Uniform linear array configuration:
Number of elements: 64
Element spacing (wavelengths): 1
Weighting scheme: cosine
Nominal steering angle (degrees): -30
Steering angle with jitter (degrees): -28.697
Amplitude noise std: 0.05
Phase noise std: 0.05

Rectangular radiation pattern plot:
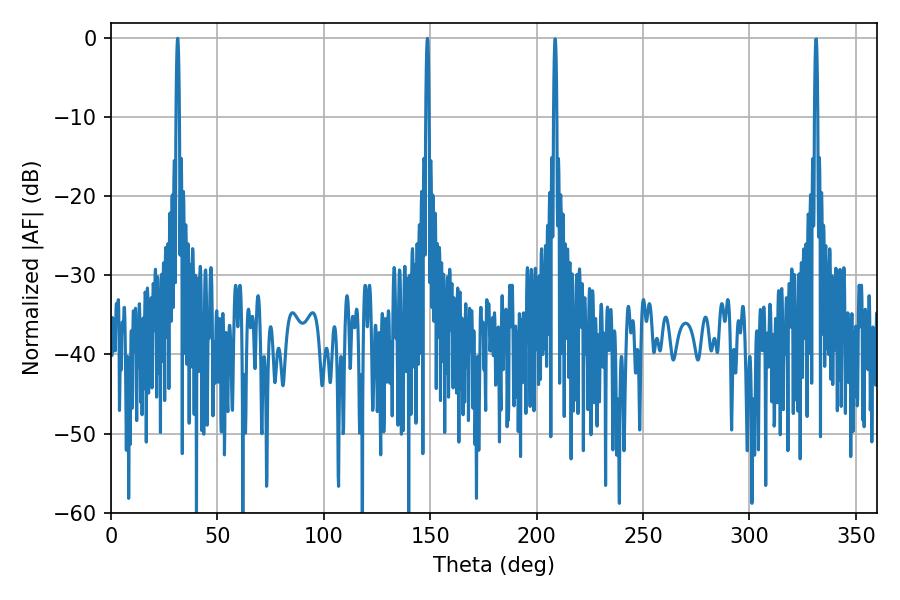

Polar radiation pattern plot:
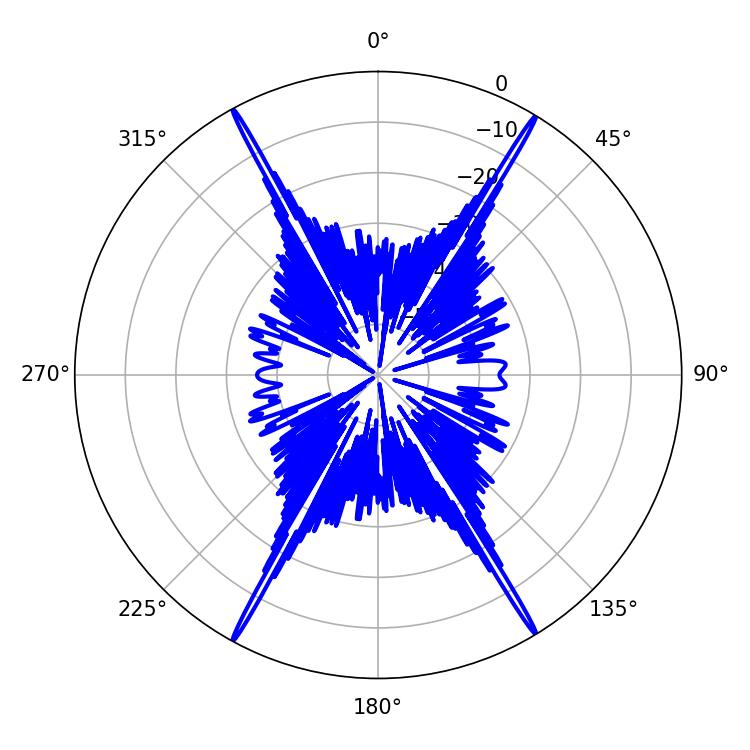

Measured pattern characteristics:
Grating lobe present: TRUE
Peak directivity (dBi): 30.13
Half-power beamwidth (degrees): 0.72
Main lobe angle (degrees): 31.32